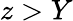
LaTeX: z>Y